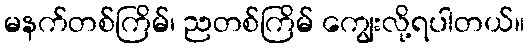
မနက်တစ်ကြိမ်၊ ညတစ်ကြိမ် ကျွေးလို့ရပါတယ်။